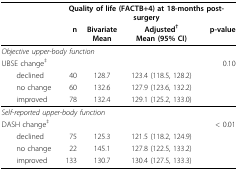
|  | <COLSPAN=4> Quality of life (FACTB+4) at 18-months post-surgery |
 |  | n | BivariateMean | Adjusted†Mean (95% CI) | p-value |
 | --- | --- | --- | --- | --- |
 | <COLSPAN=3> Objective upper-body function |  |  |
 | UBSE change‡ |  |  |  | 0.10 |
 | declined | 40 | 128.7 | 123.4 (118.5, 128.2) |  |
 | no change | 60 | 132.6 | 127.9 (123.6, 132.2) |  |
 | improved | 78 | 132.4 | 129.1 (125.2, 133.0) |  |
 | <COLSPAN=3> Self-reported upper-body function |  |  |
 | DASH change‡ |  |  |  | < 0.01 |
 | declined | 75 | 125.3 | 121.5 (118.2, 124.9) |  |
 | no change | 22 | 145.1 | 127.8 (122.5, 133.2) |  |
 | improved | 133 | 130.7 | 130.4 (127.5, 133.3) |  |